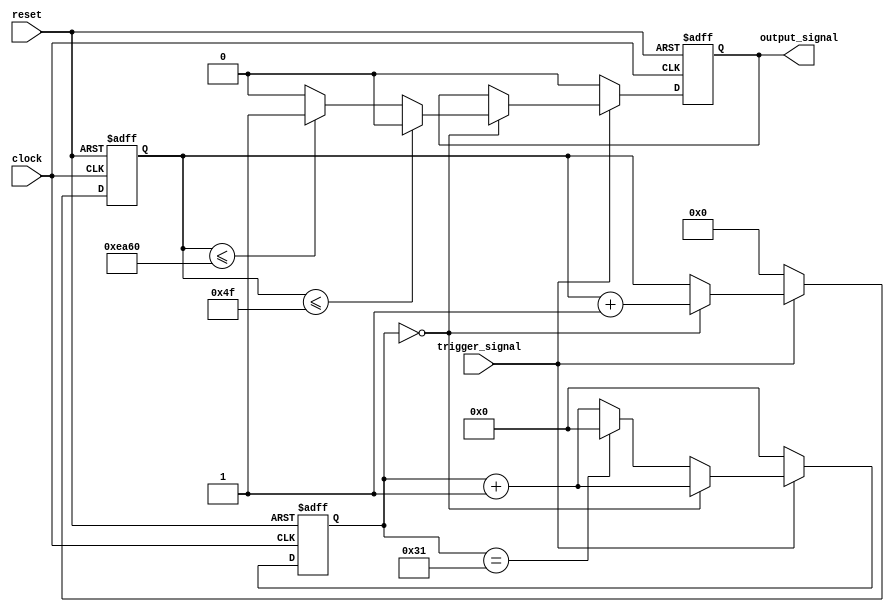
///////////////////////////////////////////////////////////////////////////////////////////////////
// Company: <Name>
//
// File history:
//      <Revision number>: <Date>: <Comments>
//      <Revision number>: <Date>: <Comments>
//      <Revision number>: <Date>: <Comments>
//
// Description: 
//
// <Description here>
//
// Targeted device: <Family::IGLOO> <Die::AGLN250V2> <Package::100 VQFP>
//
/////////////////////////////////////////////////////////////////////////////////////////////////// 
//`timescale <time_units> / <precision>

module modulator( clock, reset, trigger_signal, output_signal );
input clock, reset, trigger_signal;
output reg output_signal;

reg[15:0] clock_counter;
reg[5:0] counter;

always @(negedge reset or posedge clock)
begin
    if (~reset)
    begin
        clock_counter <= 0;
        output_signal <= 1'b0;
        counter <= 0;
    end
    else if (trigger_signal)
    begin
        if (counter==0)
        begin
            counter <= counter+1;
            clock_counter <= clock_counter+1;
            if (clock_counter<=16'd79)
                output_signal <= 1'b0;
            else if (clock_counter<=16'd60000)
                output_signal <= 1'b1;
            else
                output_signal <= 1'b0;
        end
        else
        begin
            counter <= counter+1;
            if (counter==6'd49)
                counter <= 0;
        end
    end
    else
    begin
        clock_counter <= 16'd0;
        output_signal <= 1'b0;
        counter <= 0;
    end
end

endmodule